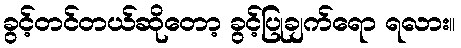
ခွင့်တင်တယ်ဆိုတော့ ခွင့်ပြုချက်ရော ရလား။